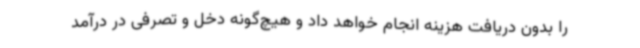
را بدون دریافت هزینه انجام خواهد داد و هیچ‌گونه دخل و تصرفی در درآمد